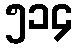
၅၁၄